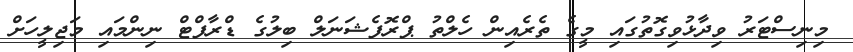
މިނިސްޓަރު ވިދާޅުވިގޮތުގައި މީގެ ތެރެއިން ހެލްތު ޕްރޮފެޝަނަލް ބިލުގެ ޑްރާފްޓް ނިންމައި މަޖިލީހަށް